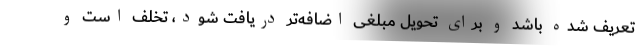
تعریف شده باشد و برای تحویل مبلغی اضافه‌تر دریافت شود، تخلف است و